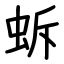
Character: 蚸